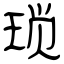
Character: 琐